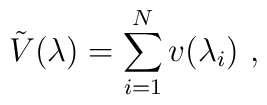
\tilde{V}(\lambda)=\sum_{i=1}^N  v(\lambda_i)~,